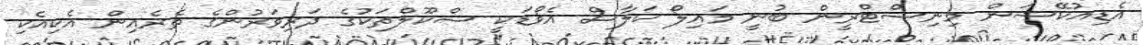
އެޑިއުކޭޝަން މިނިސްޓްރީން ބުނީ މައިލޯ ކަލާސް އެވޯޑަކީ ސްކޫލްތަކުގެ ދަރިވަރުންގެ ތެރެއިން އެކިއެކި